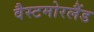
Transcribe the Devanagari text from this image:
वैस्टमोरलैंड